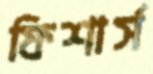
ফিশার্স